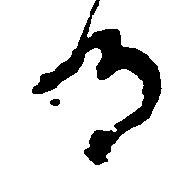
る